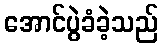
အောင်ပွဲခံခဲ့သည်